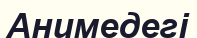
Анимедегі